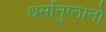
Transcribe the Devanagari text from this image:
धर्मानुष्ठानों